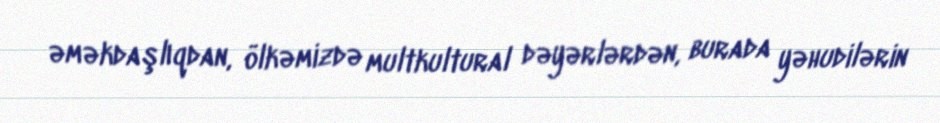
əməkdaşlıqdan, ölkəmizdə multkultural dəyərlərdən, burada yəhudilərin